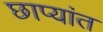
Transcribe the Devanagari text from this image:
छाप्यांत